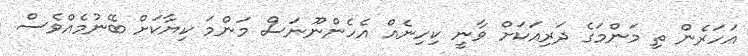
އަހަރެން ތި މަންމަގެ ދަރިއަކަށް ވާނީ ކިހިނެއް އެހެންނޫނަސް މަންމަ ކިޔާކަށް ބޭނުމެއްވެސް